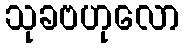
သုခဗဟုလော